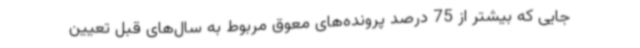
جایی که بیشتر از 75 درصد پرونده‌های معوق مربوط به سال‌های قبل تعیین